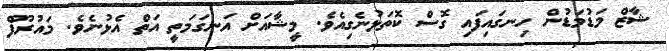
ޝާޒް މަޑުމަޑުން ހިނގައިފައި ގޮސް ކޮތަޅުނެގިއެވެ. މީޝާއަށް އަނގަމަތީ އަތް އެޅުނެވެ. މައުރޫފް